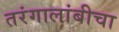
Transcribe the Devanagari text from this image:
तरंगालांबीचा